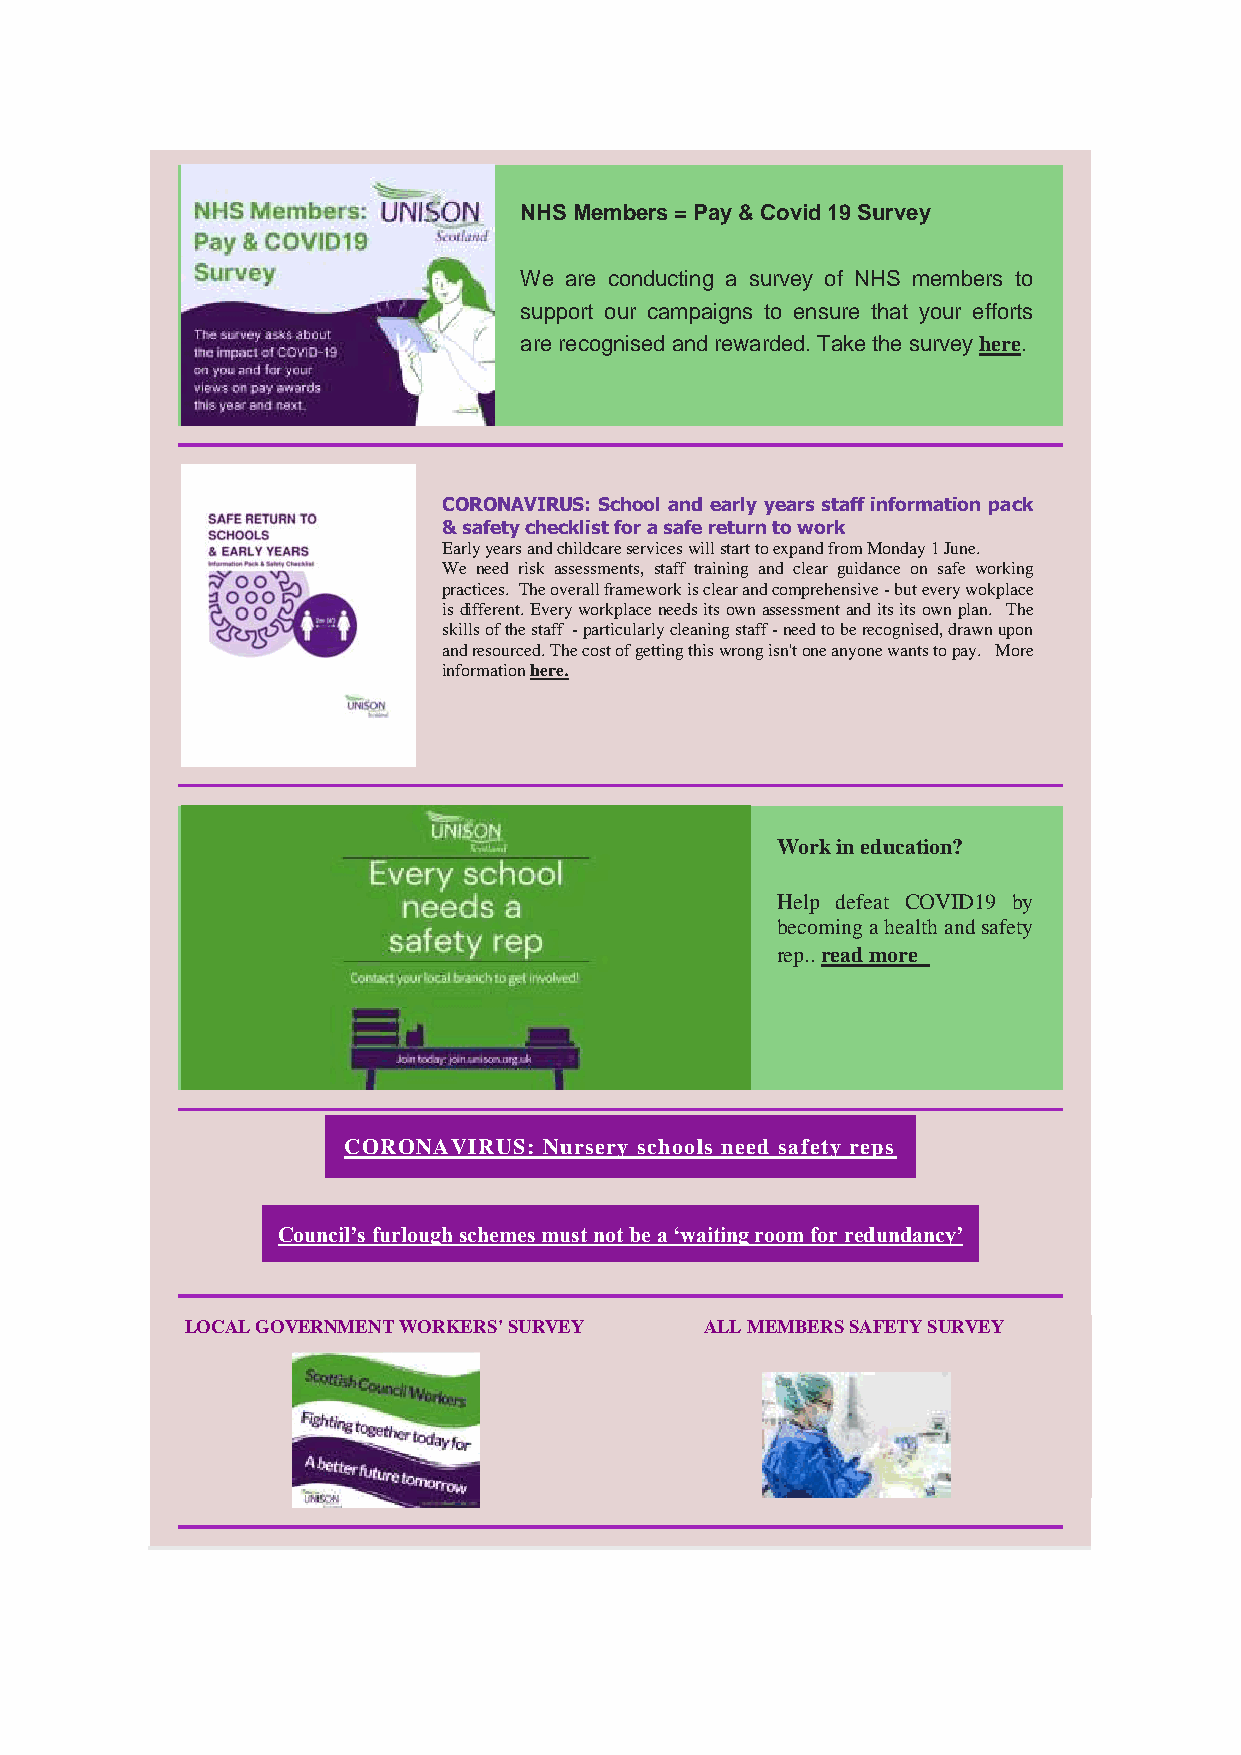
NHS Members = Pay & Covid 19 Survey
 We are conducting a survey of NHS members to
 support our campaigns to ensure that your efforts
 are recognised and rewarded. Take the survey here.
 CORONAVIRUS: School and early years staff information pack
 & safety checklist for a safe return to work
 Early years and childcare services will start to expand from Monday 1 June.
 We need risk assessments, staff training and clear guidance on safe working
 practices. The overall framework is clear and comprehensive - but every wokplace
 is different. Every workplace needs its own assessment and its its own plan. The
 skills of the staff - particularly cleaning staff - need to be recognised, drawn upon
 and resourced. The cost of getting this wrong isn't one anyone wants to pay. More
 information here.
 Work in education?
 Help defeat COVID19 by
 becoming a health and safety
 rep.. read more
 CORONAVIRUS: Nursery schools need safety reps
 Council’s furlough schemes must not be a ‘waiting room for redundancy’
 LOCAL GOVERNMENT WORKERS' SURVEY   ALL MEMBERS SAFETY SURVEY